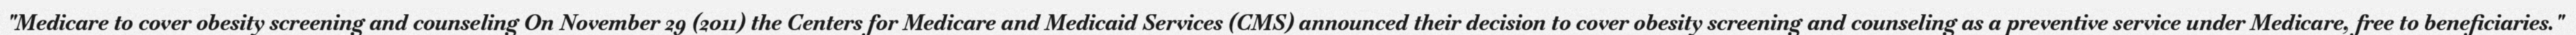
"Medicare to cover obesity screening and counseling On November 29 (2011) the Centers for Medicare and Medicaid Services (CMS) announced their decision to cover obesity screening and counseling as a preventive service under Medicare, free to beneficiaries."